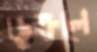
ডুক্‌রলে